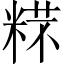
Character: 𱹋